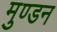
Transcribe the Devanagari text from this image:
मुण्डन